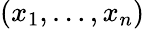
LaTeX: (x_{1},\dots,x_{n})